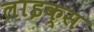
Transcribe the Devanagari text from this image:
लाइक्स